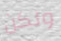
ولكن